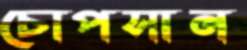
চোপসান